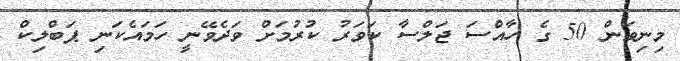
މިނިވަން 50 ގެ ހާއްސަ ޖަލްސާ ކަވަރު ކުރުމަށް ވަދެވޭނީ ހަމައެކަނި ޕަބްލިކް